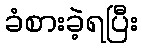
ခံစားခဲ့ရပြီး